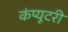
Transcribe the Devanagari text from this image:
कंप्यूटरी